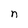
Character: n